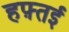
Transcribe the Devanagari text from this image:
हफ़्तई